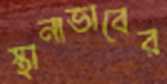
স্থানাভাবের